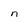
Character: n